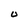
Character: 0